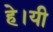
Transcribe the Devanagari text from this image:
हे।यी